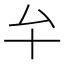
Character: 𠫘